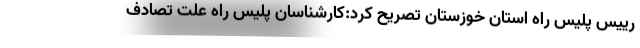
رییس پلیس راه استان خوزستان تصریح کرد:کارشناسان پلیس راه علت تصادف